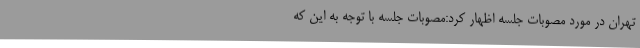
تهران در مورد مصوبات جلسه اظهار کرد:مصوبات جلسه با توجه به این که